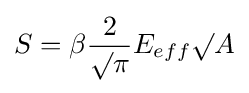
S=\beta {\frac {2}{\surd \pi }}E_{eff}\surd A